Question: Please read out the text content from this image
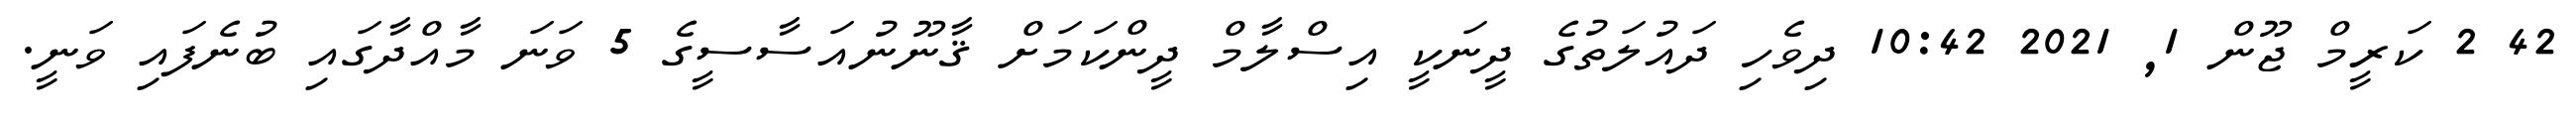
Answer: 42 2 ކަރީމް ޖޫން 1, 2021 10:42 ދިވެހި ދައުލަތުގެ ދީނަކީ އިސްލާމް ދީންކަމަށް ޤާނޫނުއަސާސީގެ 5 ވަނަ މާއްދާގައި ބުނެފައި ވަނީ.